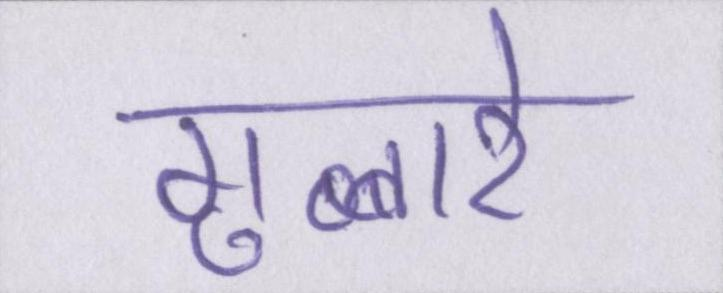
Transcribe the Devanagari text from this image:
गुब्बारे